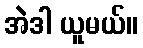
အဲဒါ ယူမယ်။